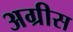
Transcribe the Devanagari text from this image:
अग्रीस